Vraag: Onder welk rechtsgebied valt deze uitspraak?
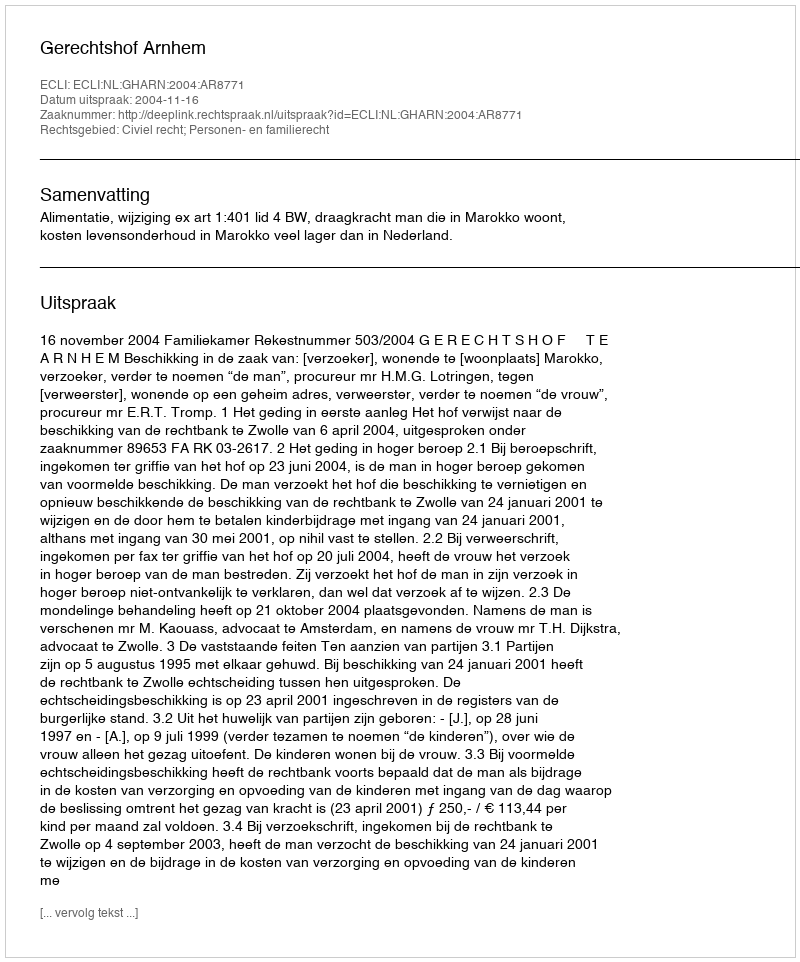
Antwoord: Civiel recht; Personen- en familierecht